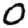
Digit: 0